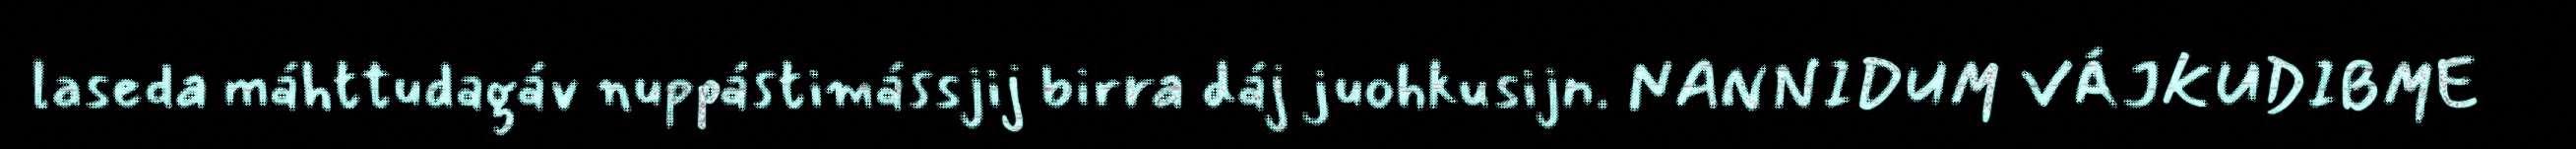
laseda máhttudagáv nuppástimássjij birra dáj juohkusijn. NANNIDUM VÁJKUDIBME